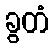
ခွတံ